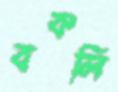
বকলি